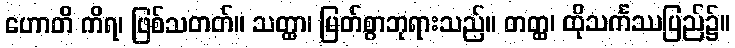
ဟောတိ ကိရ၊ ဖြစ်သတတ်။ သတ္ထာ၊ မြတ်စွာဘုရားသည်။ တတ္ထ၊ ထိုသင်္ကဿပြည်၌။